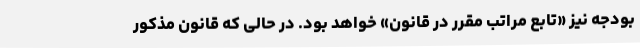
بودجه نیز «تابع مراتب مقرر در قانون» خواهد بود. در حالی که قانون مذکور